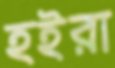
হইরা